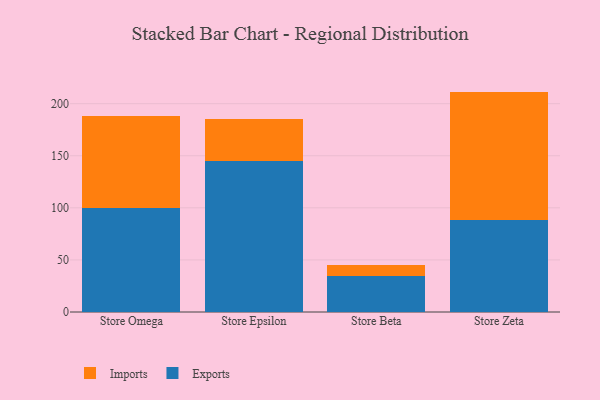
{"axis": {"x": "Store", "y": "Active Users"}, "legend": ["Exports", "Imports"], "data": [{"x": "Store Omega", "y": 99.9, "type": "Exports"}, {"x": "Store Omega", "y": 88.0, "type": "Imports"}, {"x": "Store Epsilon", "y": 144.8, "type": "Exports"}, {"x": "Store Epsilon", "y": 40.9, "type": "Imports"}, {"x": "Store Beta", "y": 34.8, "type": "Exports"}, {"x": "Store Beta", "y": 10.2, "type": "Imports"}, {"x": "Store Zeta", "y": 87.9, "type": "Exports"}, {"x": "Store Zeta", "y": 123.7, "type": "Imports"}]}